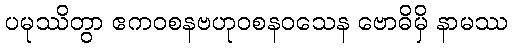
ပမုဿိတွာ ဧကဝစနဗဟုဝစနဝသေန ဗောဓိမှိ နာမဿ